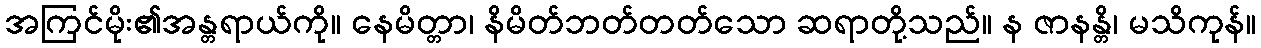
အကြင်မိုး၏အန္တရာယ်ကို။ နေမိတ္တာ၊ နိမိတ်ဘတ်တတ်သော ဆရာတို့သည်။ န ဇာနန္တိ၊ မသိကုန်။